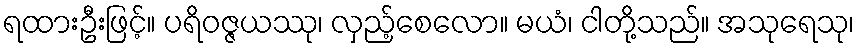
ရထားဦးဖြင့်။ ပရိဝဇ္ဇယဿု၊ လှည့်စေလော။ မယံ၊ ငါတို့သည်။ အသုရေသု၊